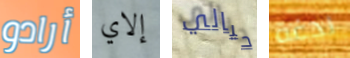
أرادو إلاي حيالي لدغة